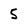
Character: 5